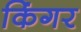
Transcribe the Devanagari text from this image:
किंगर